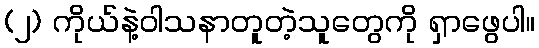
(၂) ကိုယ်နဲ့ဝါသနာတူတဲ့သူတွေကို ရှာဖွေပါ။